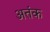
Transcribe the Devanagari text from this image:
अतंक